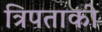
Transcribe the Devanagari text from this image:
त्रिपताकी